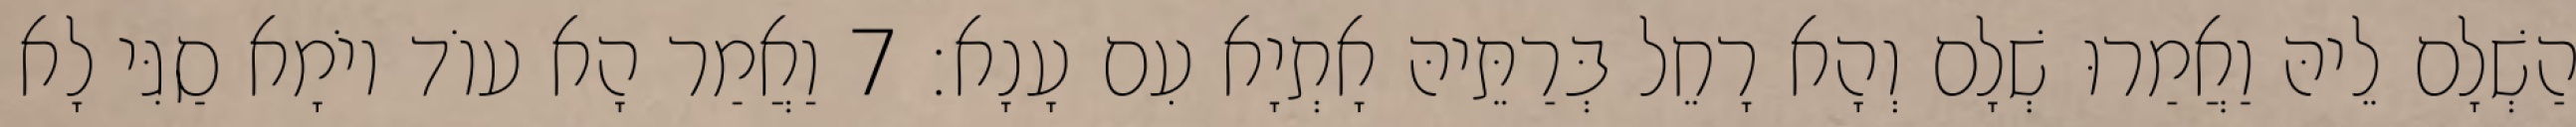
הַשְׁלָם לֵיהּ וַאֲמַרוּ שְׁלָם וְהָא רָחֵל בְּרַתֵּיהּ אָתְיָא עִם עָנָא׃ 7 וַאֲמַר הָא עוֹד יוֹמָא סַגִּי לָא